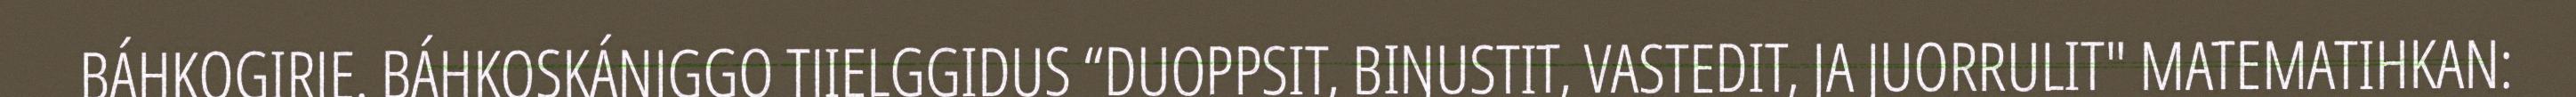
BÁHKOGIRJE. BÁHKOSKÁNJGGO TJIELGGIDUS “DUOPPSIT, BIŊUSTIT, VASTEDIT, JA JUORRULIT" MATEMATIHKAN: